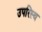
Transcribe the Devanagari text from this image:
उपरिस्थ